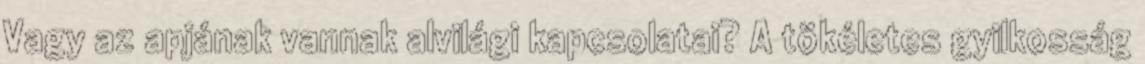
Vagy az apjának vannak alvilági kapcsolatai? A tökéletes gyilkosság